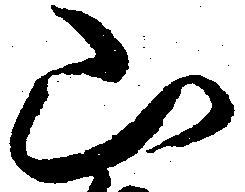
山